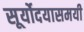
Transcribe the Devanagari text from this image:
सूर्योदयासमयी